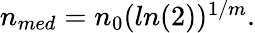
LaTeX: \begin{array}{r}{n_{med}=n_{0}(ln(2))^{1/m}.}\end{array}